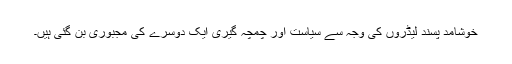
خوشامد پسند لیڈروں کی وجہ سے سیاست اور چمچہ گیری ایک دوسرے کی مجبوری بن گئی ہیں۔